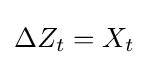
\Delta Z_{t}=X_{t}